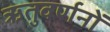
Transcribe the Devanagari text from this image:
ऋतुवर्णनों